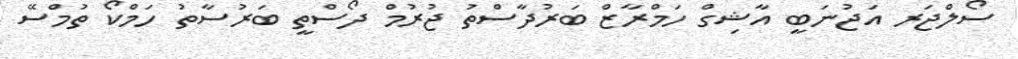
ސޯލްޖަރ އަޖުނަބީ އާޝިގް ހަމްރާޒް ބަރުދާސްތު ޖުރުމް ދޯސްތީ ބަރުސާތު ހަމްކޯ ތުމްސޭ